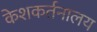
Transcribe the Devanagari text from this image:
केशकर्तनालय